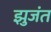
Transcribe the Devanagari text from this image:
झुजंत